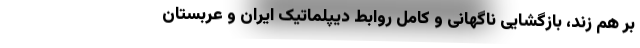
بر هم زند، بازگشایی ناگهانی و کاملِ روابط دیپلماتیک ایران و عربستان